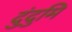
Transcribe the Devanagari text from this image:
दुंदुमि